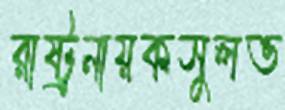
রাষ্ট্রনায়কসুলভ